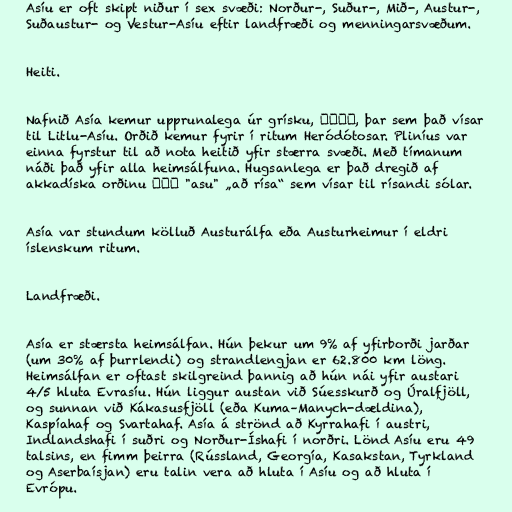
Asíu er oft skipt niður í sex svæði: Norður-, Suður-, Mið-, Austur-,
Suðaustur- og Vestur-Asíu eftir landfræði og menningarsvæðum.

Heiti.

Nafnið Asía kemur upprunalega úr grísku, Ἀσία, þar sem það vísar
til Litlu-Asíu. Orðið kemur fyrir í ritum Heródótosar. Pliníus var
einna fyrstur til að nota heitið yfir stærra svæði. Með tímanum
náði það yfir alla heimsálfuna. Hugsanlega er það dregið af
akkadíska orðinu ἀσυ "asu" „að rísa“ sem vísar til rísandi sólar.

Asía var stundum kölluð Austurálfa eða Austurheimur í eldri
íslenskum ritum.

Landfræði.

Asía er stærsta heimsálfan. Hún þekur um 9% af yfirborði jarðar
(um 30% af þurrlendi) og strandlengjan er 62.800 km löng.
Heimsálfan er oftast skilgreind þannig að hún nái yfir austari
4/5 hluta Evrasíu. Hún liggur austan við Súesskurð og Úralfjöll,
og sunnan við Kákasusfjöll (eða Kuma–Manych-dældina),
Kaspíahaf og Svartahaf. Asía á strönd að Kyrrahafi í austri,
Indlandshafi í suðri og Norður-Íshafi í norðri. Lönd Asíu eru 49
talsins, en fimm þeirra (Rússland, Georgía, Kasakstan, Tyrkland
og Aserbaísjan) eru talin vera að hluta í Asíu og að hluta í
Evrópu.